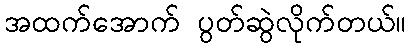
အထက်အောက် ပွတ်ဆွဲလိုက်တယ်။